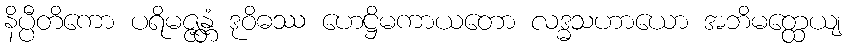
နိပ္ပီတိကော ပရိမဇ္ဇန္တံ ဒုဝိဓဿ ဟေဋ္ဌိမကာယတော လဒ္ဓသဟာယော အဘိမတ္ထေယျ